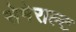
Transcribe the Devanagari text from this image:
सेमेराल्ट